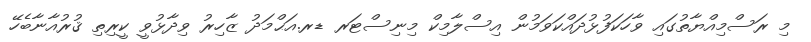
މި ރަސްމިއްޔާތުގައި ވާހަކަފުޅުދައްކަވަމުން އިސްލާމިކް މިނިސްޓަރ ޑރ.އަޙްމަދު ޒާހިރު ވިދާޅުވީ ކީރިތި ޤުރުއާނާބެހޭ